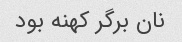
نان برگر کهنه بود